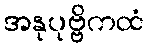
အနုပုဗ္ဗိကထံ